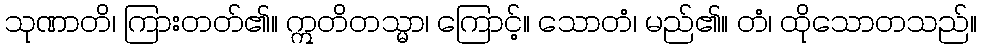
သုဏာတိ၊ ကြားတတ်၏။ ဣတိတသ္မာ၊ ကြောင့်။ သောတံ၊ မည်၏။ တံ၊ ထိုသောတသည်။